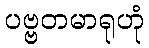
ပဗ္ဗတမာရုဟုံ